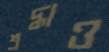
শ্রদ্ধাও